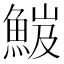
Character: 𩷘